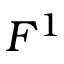
F ^ { 1 }